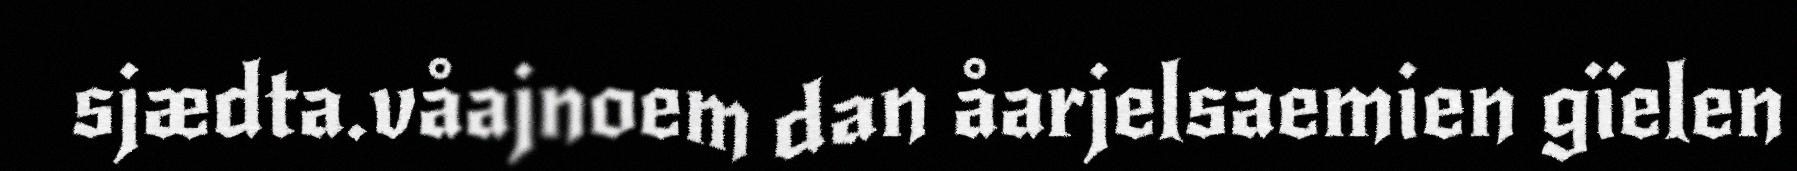
sjædta.våajnoem dan åarjelsaemien gïelen